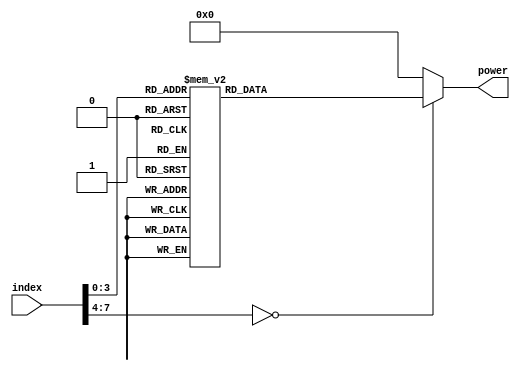
module Rcon(input[7:0] index, output reg[31:0] power);
	
	always @(*)
	begin: calcPower
		case(index)
			8'h01: power = 32'h01000000;
			8'h02: power = 32'h02000000;
			8'h03: power = 32'h04000000;
			8'h04: power = 32'h08000000;
			8'h05: power = 32'h10000000;
			8'h06: power = 32'h20000000;
			8'h07: power = 32'h40000000;
			8'h08: power = 32'h80000000;
			8'h09: power = 32'h1b000000;
			8'h0a: power = 32'h36000000;
			default: power = 8'h00;
		endcase
	end
endmodule